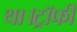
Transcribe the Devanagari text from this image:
था।ट्रॉफी